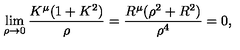
\lim _ { \rho \to 0 } \frac { K ^ { \mu } ( 1 + K ^ { 2 } ) } { \rho } = \frac { R ^ { \mu } ( \rho ^ { 2 } + R ^ { 2 } ) } { \rho ^ { 4 } } = 0 ,